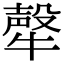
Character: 𤛗